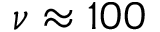
\nu \approx 1 0 0